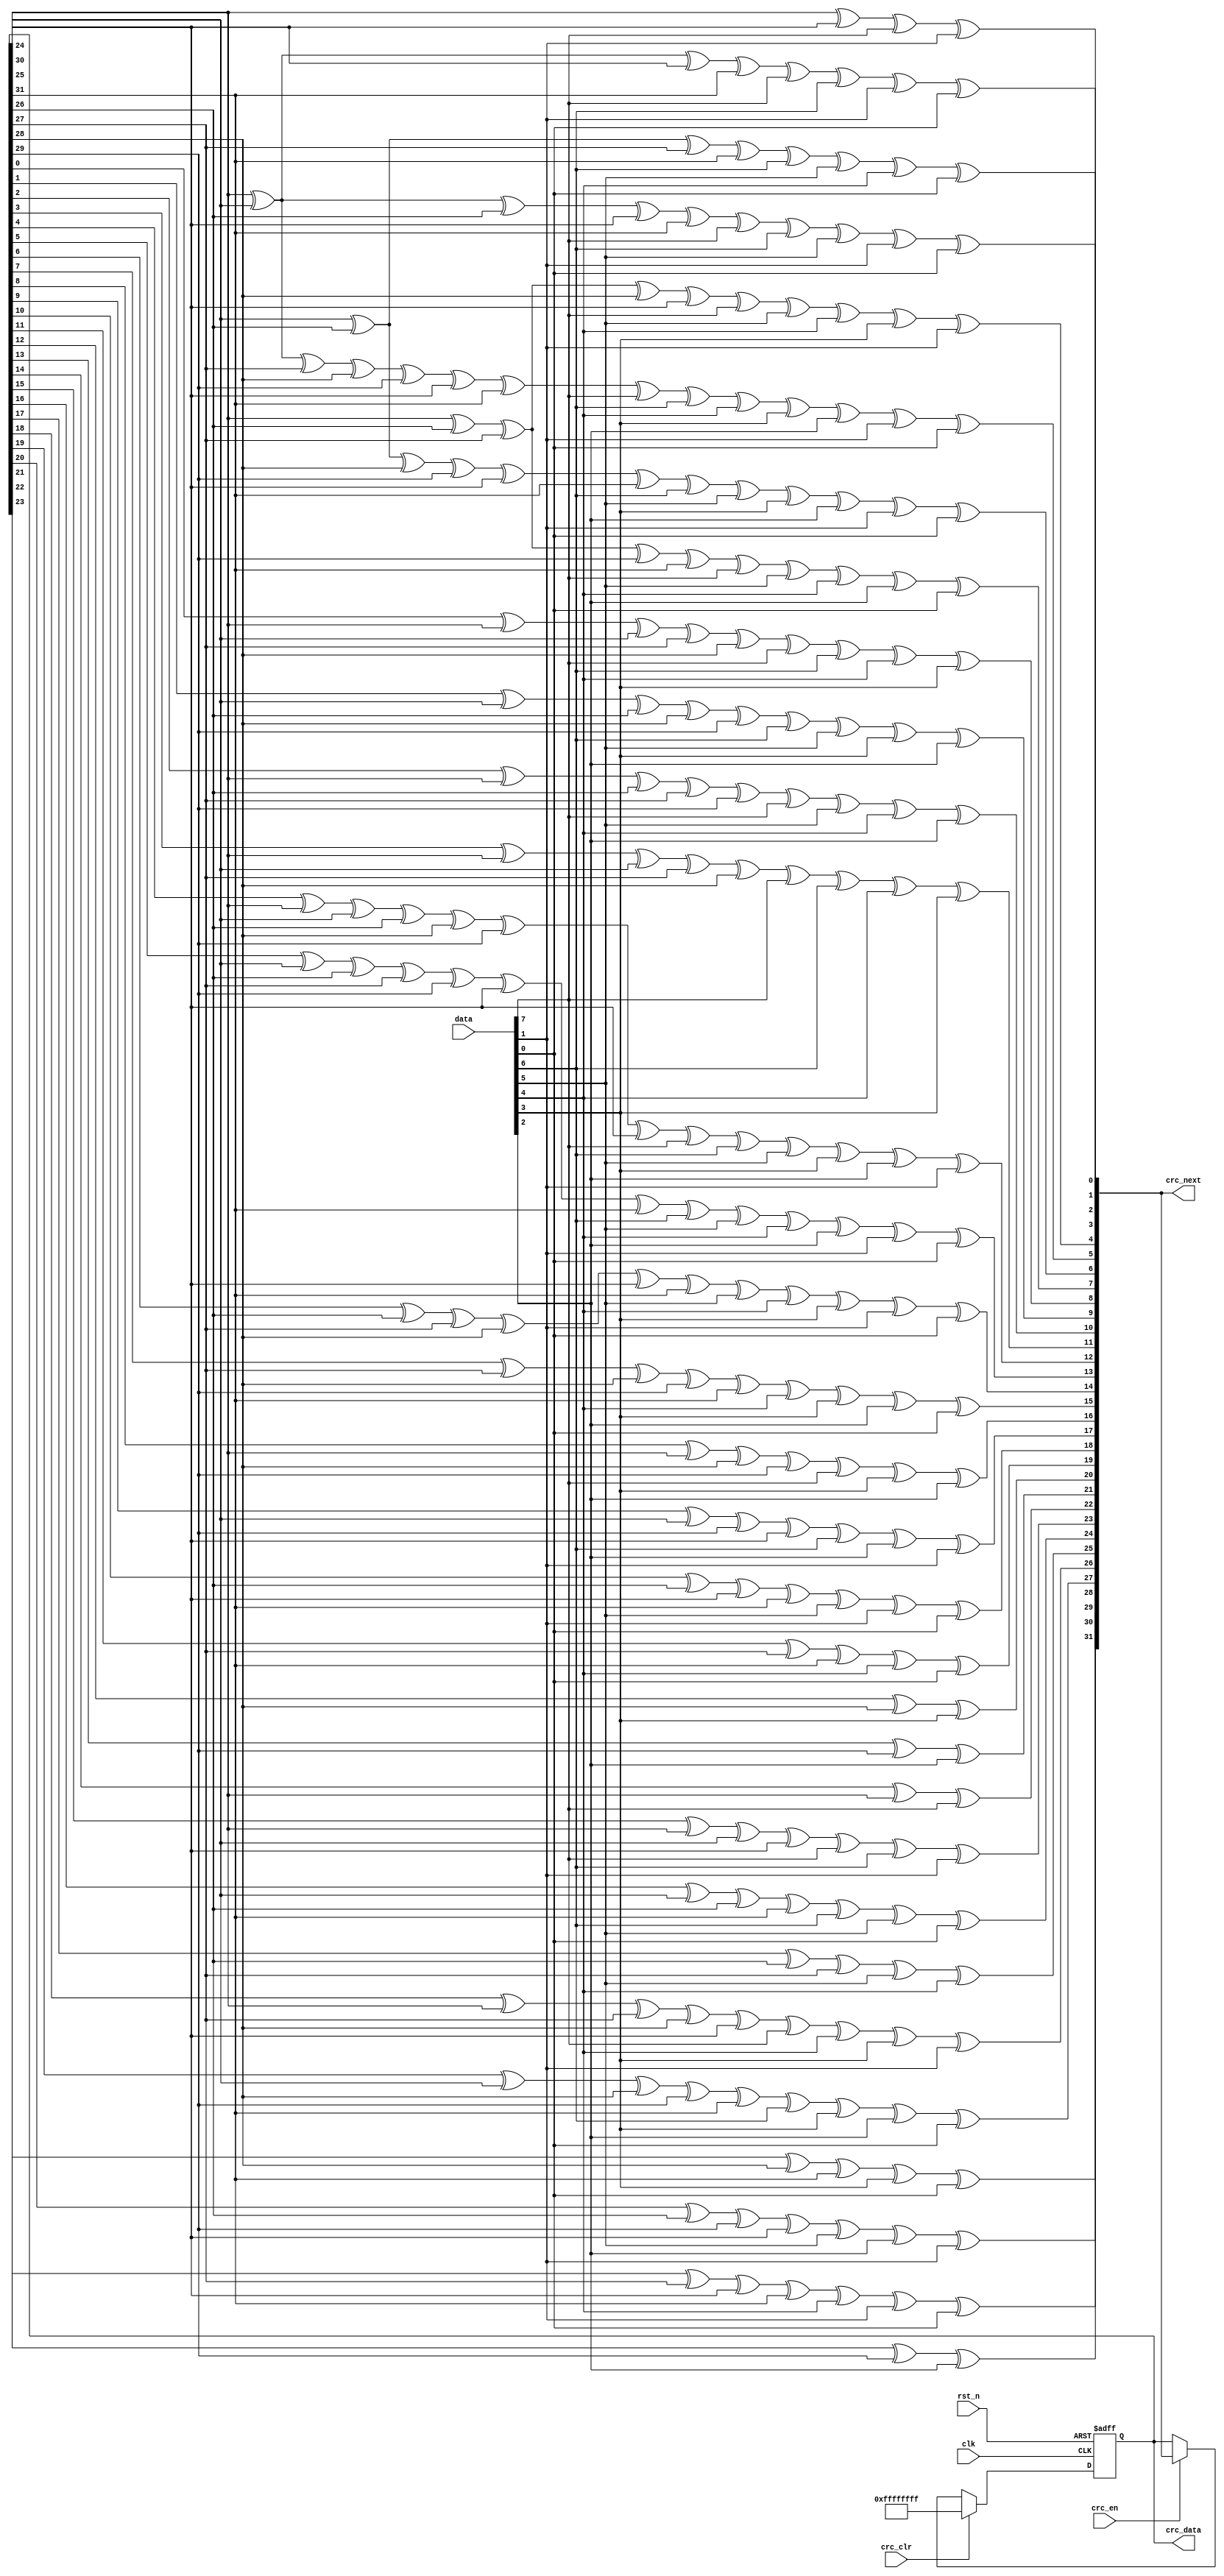
//************************************************
// Version      : v1.0
// Target Device: PANGO PGL50H
// Function     : 
//************************************************

module crc32_d8 (
    input   wire            clk     , // 
    input   wire            rst_n   , // 
    input   wire    [ 7:0]  data    , // 8
    input   wire            crc_en  , // crc 
    input   wire            crc_clr , // crc 
    output  reg     [31:0]  crc_data, // CRC 
    output  wire    [31:0]  crc_next  // CRC 
);

/****************************wire****************************/
//8,
wire    [7:0]   data_t;

/********************combinational logic*********************/
assign data_t = {data[0], data[1], data[2], data[3], data[4], data[5], data[6],data[7]};

//CRC32G(x)= x^32 + x^26 + x^23 + x^22 + x^16 + x^12 + x^11 + x^10 + x^8 + x^7 + x^5 + x^4 + x^2 + x^1 + 1
assign crc_next[0] = crc_data[24] ^ crc_data[30] ^ data_t[0] ^ data_t[6];
assign crc_next[1] = crc_data[24] ^ crc_data[25] ^ crc_data[30] ^ crc_data[31] ^ data_t[0] ^ data_t[1] ^ data_t[6] ^ data_t[7];
assign crc_next[2] = crc_data[24] ^ crc_data[25] ^ crc_data[26] ^ crc_data[30] ^ crc_data[31] ^ data_t[0] ^ data_t[1] ^ data_t[2] ^ data_t[6] ^ data_t[7];
assign crc_next[3] = crc_data[25] ^ crc_data[26] ^ crc_data[27] ^ crc_data[31] ^ data_t[1] ^ data_t[2] ^ data_t[3] ^ data_t[7];
assign crc_next[4] = crc_data[24] ^ crc_data[26] ^ crc_data[27] ^ crc_data[28] ^ crc_data[30] ^ data_t[0] ^ data_t[2] ^ data_t[3] ^ data_t[4] ^ data_t[6];
assign crc_next[5] = crc_data[24] ^ crc_data[25] ^ crc_data[27] ^ crc_data[28] ^ crc_data[29] ^ crc_data[30] ^ crc_data[31] ^ data_t[0] ^ data_t[1] ^ data_t[3] ^ data_t[4] ^ data_t[5] ^ data_t[6] ^ data_t[7];
assign crc_next[6] = crc_data[25] ^ crc_data[26] ^ crc_data[28] ^ crc_data[29] ^ crc_data[30] ^ crc_data[31] ^ data_t[1] ^ data_t[2] ^ data_t[4] ^ data_t[5] ^ data_t[6] ^ data_t[7];
assign crc_next[7] = crc_data[24] ^ crc_data[26] ^ crc_data[27] ^ crc_data[29] ^ crc_data[31] ^ data_t[0] ^ data_t[2] ^ data_t[3] ^ data_t[5] ^ data_t[7];
assign crc_next[8] = crc_data[0] ^ crc_data[24] ^ crc_data[25] ^ crc_data[27] ^ crc_data[28] ^ data_t[0] ^ data_t[1] ^ data_t[3] ^ data_t[4];
assign crc_next[9] = crc_data[1] ^ crc_data[25] ^ crc_data[26] ^ crc_data[28] ^ crc_data[29] ^ data_t[1] ^ data_t[2] ^ data_t[4] ^ data_t[5];
assign crc_next[10] = crc_data[2] ^ crc_data[24] ^ crc_data[26] ^ crc_data[27] ^ crc_data[29] ^ data_t[0] ^ data_t[2] ^ data_t[3] ^ data_t[5];
assign crc_next[11] = crc_data[3] ^ crc_data[24] ^ crc_data[25] ^ crc_data[27] ^ crc_data[28] ^ data_t[0] ^ data_t[1] ^ data_t[3] ^ data_t[4];
assign crc_next[12] = crc_data[4] ^ crc_data[24] ^ crc_data[25] ^ crc_data[26] ^ crc_data[28] ^ crc_data[29] ^ crc_data[30] ^ data_t[0] ^ data_t[1] ^ data_t[2] ^ data_t[4] ^ data_t[5] ^ data_t[6];
assign crc_next[13] = crc_data[5] ^ crc_data[25] ^ crc_data[26] ^ crc_data[27] ^ crc_data[29] ^ crc_data[30] ^ crc_data[31] ^ data_t[1] ^ data_t[2] ^ data_t[3] ^ data_t[5] ^ data_t[6] ^ data_t[7];
assign crc_next[14] = crc_data[6] ^ crc_data[26] ^ crc_data[27] ^ crc_data[28] ^ crc_data[30] ^ crc_data[31] ^ data_t[2] ^ data_t[3] ^ data_t[4]^ data_t[6] ^ data_t[7];
assign crc_next[15] =  crc_data[7] ^ crc_data[27] ^ crc_data[28] ^ crc_data[29]^ crc_data[31] ^ data_t[3] ^ data_t[4] ^ data_t[5] ^ data_t[7];
assign crc_next[16] = crc_data[8] ^ crc_data[24] ^ crc_data[28] ^ crc_data[29] ^ data_t[0] ^ data_t[4] ^ data_t[5];
assign crc_next[17] = crc_data[9] ^ crc_data[25] ^ crc_data[29] ^ crc_data[30] ^ data_t[1] ^ data_t[5] ^ data_t[6];
assign crc_next[18] = crc_data[10] ^ crc_data[26] ^ crc_data[30] ^ crc_data[31] ^ data_t[2] ^ data_t[6] ^ data_t[7];
assign crc_next[19] = crc_data[11] ^ crc_data[27] ^ crc_data[31] ^ data_t[3] ^ data_t[7];
assign crc_next[20] = crc_data[12] ^ crc_data[28] ^ data_t[4];
assign crc_next[21] = crc_data[13] ^ crc_data[29] ^ data_t[5];
assign crc_next[22] = crc_data[14] ^ crc_data[24] ^ data_t[0];
assign crc_next[23] = crc_data[15] ^ crc_data[24] ^ crc_data[25] ^ crc_data[30] ^ data_t[0] ^ data_t[1] ^ data_t[6];
assign crc_next[24] = crc_data[16] ^ crc_data[25] ^ crc_data[26] ^ crc_data[31] ^ data_t[1] ^ data_t[2] ^ data_t[7];
assign crc_next[25] = crc_data[17] ^ crc_data[26] ^ crc_data[27] ^ data_t[2] ^ data_t[3];
assign crc_next[26] = crc_data[18] ^ crc_data[24] ^ crc_data[27] ^ crc_data[28] ^ crc_data[30] ^ data_t[0] ^ data_t[3] ^ data_t[4] ^ data_t[6];
assign crc_next[27] = crc_data[19] ^ crc_data[25] ^ crc_data[28] ^ crc_data[29] ^ crc_data[31] ^ data_t[1] ^ data_t[4] ^ data_t[5] ^ data_t[7];
assign crc_next[28] = crc_data[20] ^ crc_data[26] ^ crc_data[29] ^ crc_data[30] ^ data_t[2] ^ data_t[5] ^ data_t[6];
assign crc_next[29] = crc_data[21] ^ crc_data[27] ^ crc_data[30] ^ crc_data[31] ^ data_t[3] ^ data_t[6] ^ data_t[7];
assign crc_next[30] = crc_data[22] ^ crc_data[28] ^ crc_data[31] ^ data_t[4] ^ data_t[7];
assign crc_next[31] = crc_data[23] ^ crc_data[29] ^ data_t[5];

/**************************process***************************/
always@(posedge clk or negedge rst_n)
begin
    if(!rst_n)
        crc_data <= 32'hff_ff_ff_ff;
    else if(crc_clr) // CRC 
        crc_data <= 32'hff_ff_ff_ff;
    else if(crc_en)
        crc_data <= crc_next;
    else
        crc_data <= crc_data;
end

endmodule